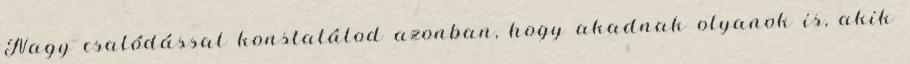
Nagy csalódással konstatálod azonban, hogy akadnak olyanok is, akik